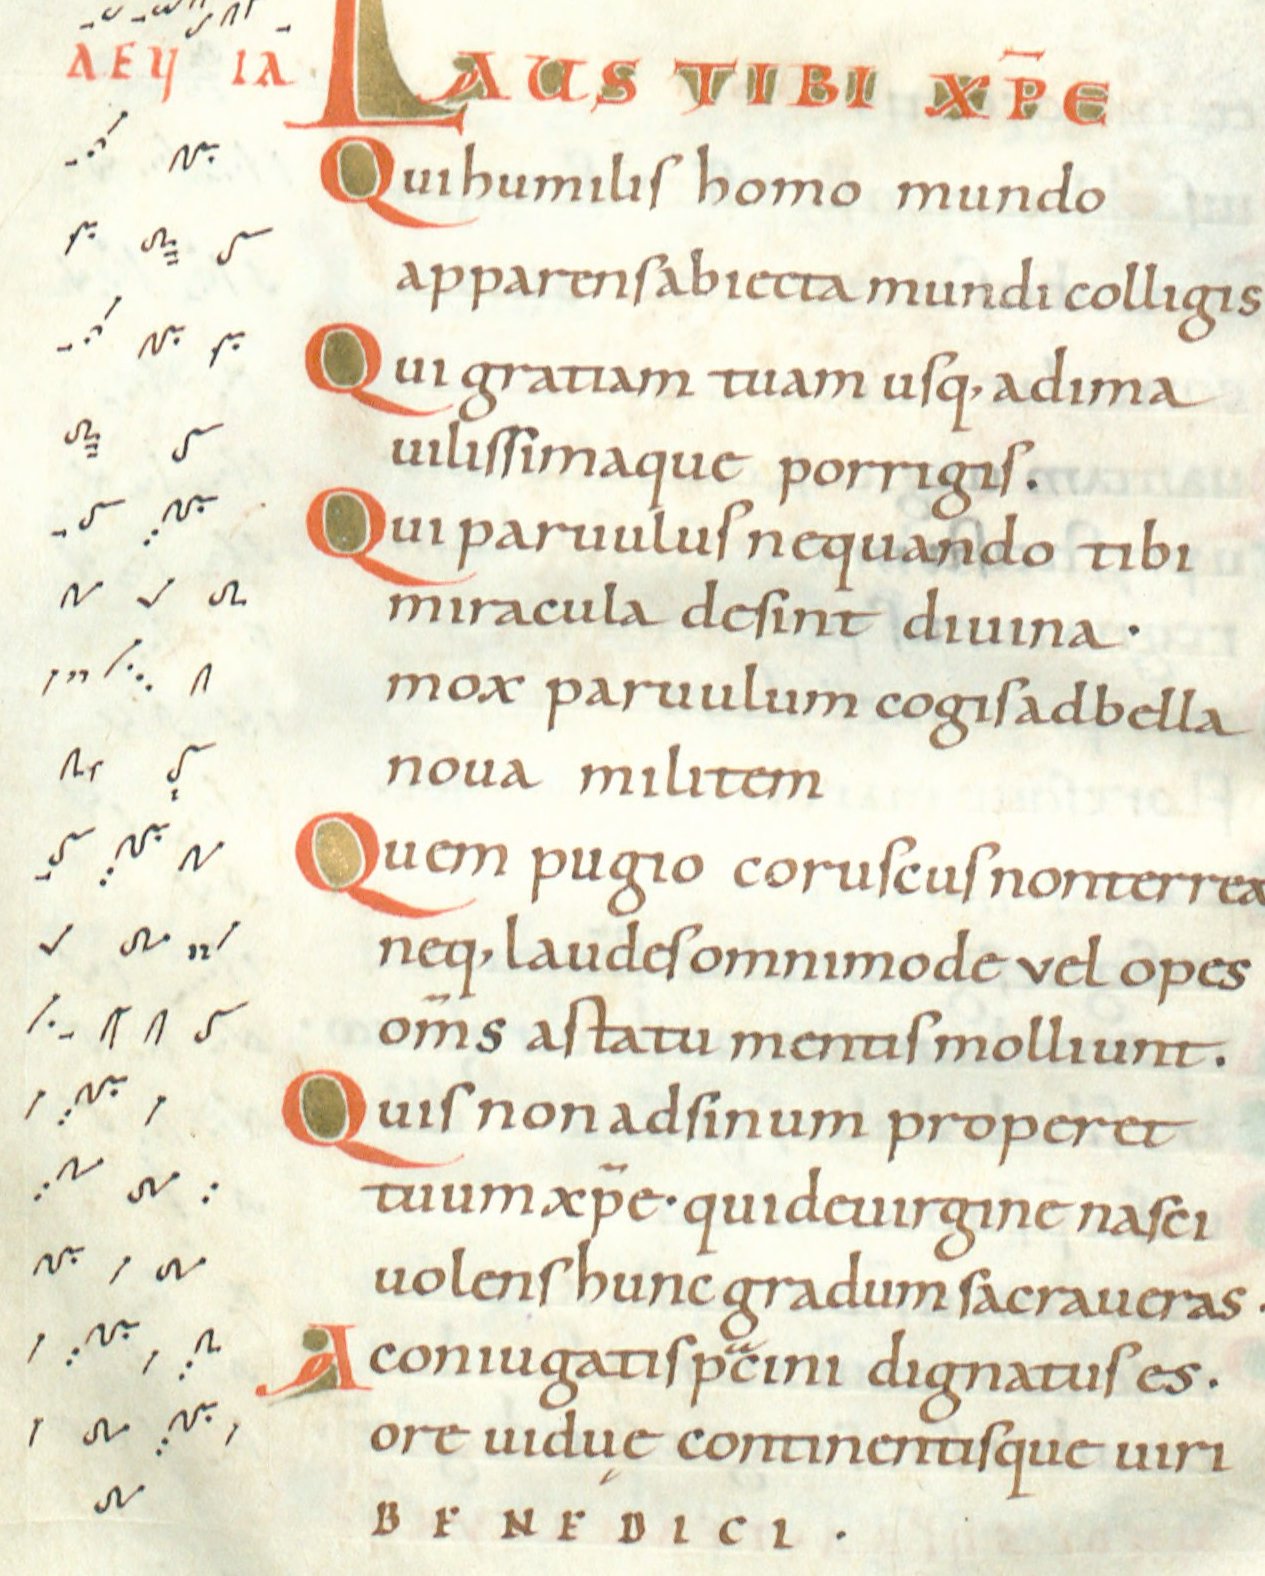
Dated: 1024–1027